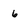
Character: 6